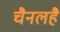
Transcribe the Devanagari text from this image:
चैनलहै